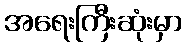
အရေးကြီးဆုံးမှာ